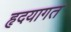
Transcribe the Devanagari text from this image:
हृदयागत